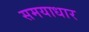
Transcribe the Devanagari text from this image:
समयाधार